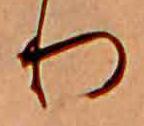
り